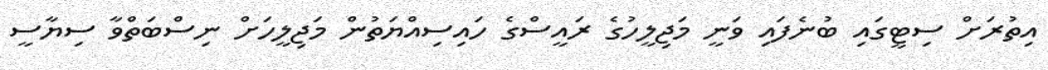
އިތުރަށް ސިޓީގައި ބުނެފައި ވަނީ މަޖިލީހުގެ ރައީސްގެ ހައިސިއްޔަތުން މަޖިލީހަށް ނިސްބަތްވާ ސިޔާސީ